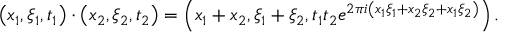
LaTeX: \left( x _ { 1 } , \xi _ { 1 } , t _ { 1 } \right) \cdot \left( x _ { 2 } , \xi _ { 2 } , t _ { 2 } \right) = \left( x _ { 1 } + x _ { 2 } , \xi _ { 1 } + \xi _ { 2 } , t _ { 1 } t _ { 2 } e ^ { 2 \pi i \left( x _ { 1 } \xi _ { 1 } + x _ { 2 } \xi _ { 2 } + x _ { 1 } \xi _ { 2 } \right) } \right) .